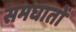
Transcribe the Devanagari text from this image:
समघातों